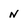
Character: n